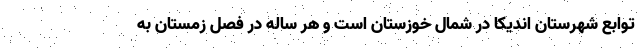
توابع شهرستان اندیکا در شمال خوزستان است و هر ساله در فصل زمستان به